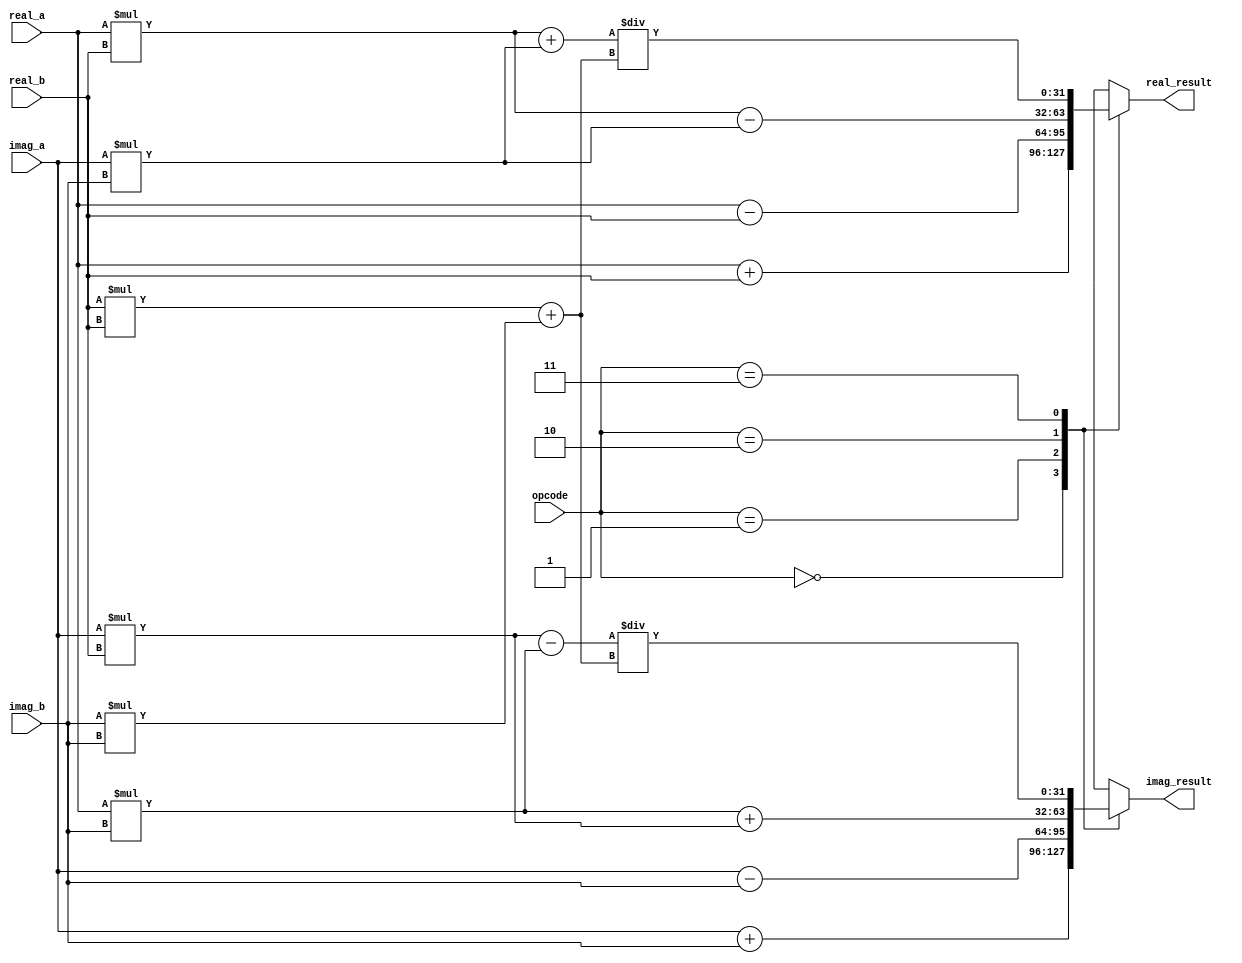
module Complex_ALU(
    input [31:0] real_a,
    input [31:0] imag_a,
    input [31:0] real_b,
    input [31:0] imag_b,
    input [1:0] opcode, // 00: addition, 01: subtraction, 10: multiplication, 11: division
    output reg [31:0] real_result,
    output reg [31:0] imag_result
);

reg [31:0] real_temp;
reg [31:0] imag_temp;

always @(*)
begin
    case(opcode)
        2'b00: // addition
            begin
                real_temp = real_a + real_b;
                imag_temp = imag_a + imag_b;
            end
        2'b01: // subtraction
            begin
                real_temp = real_a - real_b;
                imag_temp = imag_a - imag_b;
            end
        2'b10: // multiplication
            begin
                real_temp = (real_a * real_b) - (imag_a * imag_b);
                imag_temp = (real_a * imag_b) + (imag_a * real_b);
                // handle overflow and carry out here
            end
        2'b11: // division
            begin
                real_temp = ((real_a * real_b) + (imag_a * imag_b))/((real_b * real_b) + (imag_b * imag_b));
                imag_temp = ((imag_a * real_b) - (real_a * imag_b))/((real_b * real_b) + (imag_b * imag_b));
                // handle overflow and carry out here
            end
    endcase
end

always @(*)
begin
    real_result = real_temp;
    imag_result = imag_temp;
end

endmodule